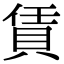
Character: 賃